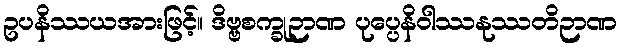
ဥပနိဿယအားဖြင့်။ ဒိဗ္ဗစက္ခုဉာဏ ပုပ္ပေနိဝါဿနုဿတိဉာဏ